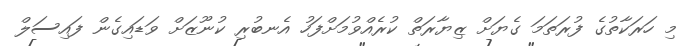
މި ހަރަކާތުގެ ފުރަތަމަ ގެޔަށް ޒިޔާރަތް ކުރެއްވުމަށްފަހު އެނބުރި ކުނޫޒަށް ވަޑައިގެން ފައިސަލް